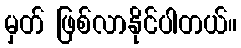
မှတ် ဖြစ်လာနိုင်ပါတယ်။